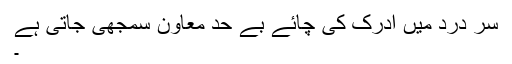
سَر درد میں ادرک کی چائے بے حد معاون سمجھی جاتی ہے
۔